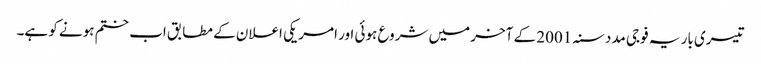
تیسری بار یہ فوجی مدد سنہ 2001 کے آخر میں شروع ہوئی اور امریکی اعلان کے مطابق اب ختم ہونے کو ہے۔